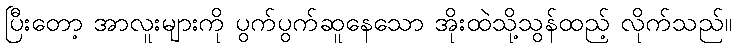
ပြီးတော့ အာလူးများကို ပွက်ပွက်ဆူနေသော အိုးထဲသို့သွန်ထည့် လိုက်သည်။